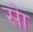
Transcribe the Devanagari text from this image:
सेा